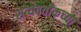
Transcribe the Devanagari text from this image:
सत्यवतीकच्या